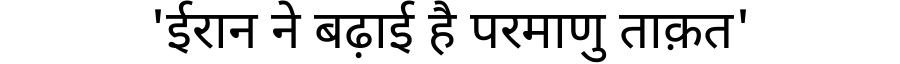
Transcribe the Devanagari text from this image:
'ईरान ने बढ़ाई है परमाणु ताक़त'